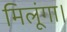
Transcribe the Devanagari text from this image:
मिलूंगा।